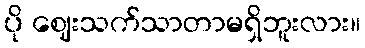
ပို ဈေးသက်သာတာမရှိဘူးလား။